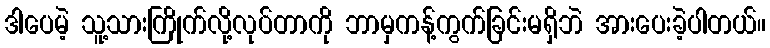
ဒါပေမဲ့ သူ့သားကြိုက်လို့လုပ်တာကို ဘာမှကန့်ကွက်ခြင်းမရှိဘဲ အားပေးခဲ့ပါတယ်။